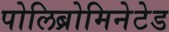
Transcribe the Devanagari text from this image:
पोलिब्रोमिनेटेड